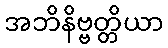
အဘိနိဗ္ဗတ္တိယာ